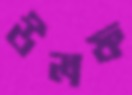
উলফ